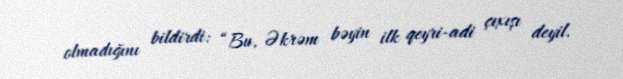
olmadığını bildirdi: “Bu, Əkrəm bəyin ilk qeyri-adi çıxışı deyil.